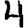
Digit: 4